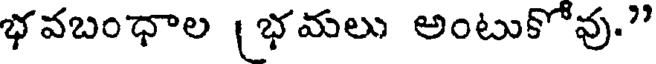
భవబంధాల (భమలు అంటుకోవు."